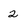
Character: 2